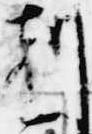
刻